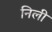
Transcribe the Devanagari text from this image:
निली